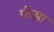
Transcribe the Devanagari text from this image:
फॅसा